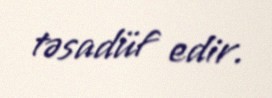
təsadüf edir.